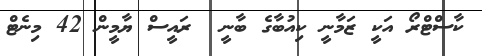
ކާސްޓްރޯ އަކީ ޒަމާނީ ކިއުބާގެ ބާނީ  ރައީސް ޔާމީން 42 މިނެޓް